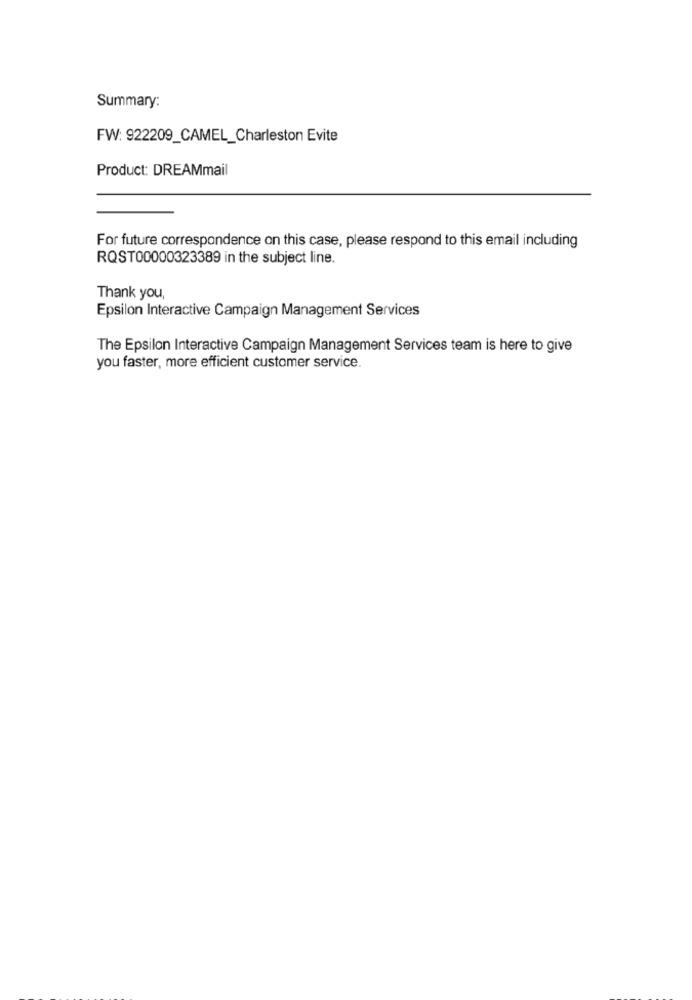
Summary:
FW: 922209_CAMEL_Charleston Evite
Product: DREAMmail
For future correspondence on this case, please respond to this email including
RQST00000323389 in the subject line.
Thank you,
Epsilon Interactive Campaign Management Services
The Epsilon Interactive Campaign Management Services team is here to give
you faster, more efficient customer service.